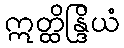
ဣတ္ထိန္ဒြိယံ